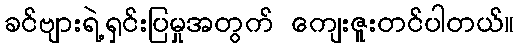
ခင်ဗျားရဲ့ရှင်းပြမှုအတွက် ကျေးဇူးတင်ပါတယ်။